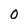
Character: O